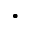
\cdot